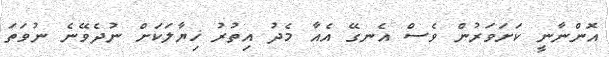
އޮންނާނީ ކަށަވަރުން ވެސް އެނގޭ އެއާ މެދު އިތުރު ޚިޔާލަކަށް ނުދެވޭނެ ނުވަތަ